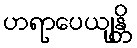
ဟရာပေယျန္တိ